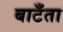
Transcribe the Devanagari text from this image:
बाटँता